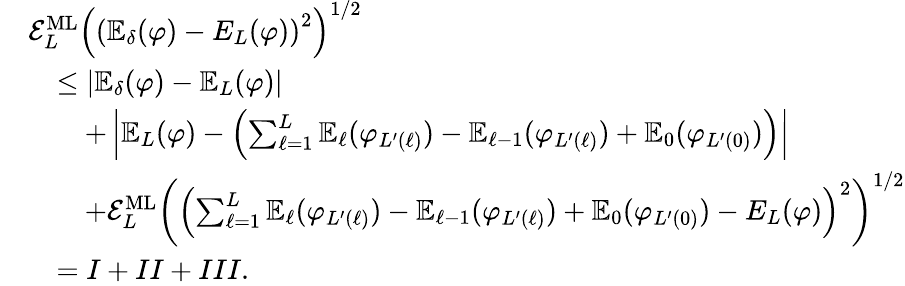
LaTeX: \begin{array}{rl}&{\mathcal{E}_{L}^{\mathrm{ML}}\left(\left(\mathbb{E}_{\delta}(\varphi)-E_{L}(\varphi)\right)^{2}\right)^{1/2}}\\ &{\quad\le|\mathbb{E}_{\delta}(\varphi)-\mathbb{E}_{L}(\varphi)|}\\ &{\quad\quad+\left|\mathbb{E}_{L}(\varphi)-\left(\sum_{\ell=1}^{L}\mathbb{E}_{\ell}(\varphi_{L^{\prime}(\ell)})-\mathbb{E}_{\ell-1}(\varphi_{L^{\prime}(\ell)})+\mathbb{E}_{0}(\varphi_{L^{\prime}(0)})\right)\right|}\\ &{\quad\quad+\mathcal{E}_{L}^{\mathrm{ML}}\left(\left(\sum_{\ell=1}^{L}\mathbb{E}_{\ell}(\varphi_{L^{\prime}(\ell)})-\mathbb{E}_{\ell-1}(\varphi_{L^{\prime}(\ell)})+\mathbb{E}_{0}(\varphi_{L^{\prime}(0)})-E_{L}(\varphi)\right)^{2}\right)^{1/2}}\\ &{\quad=I+II+III.}\end{array}